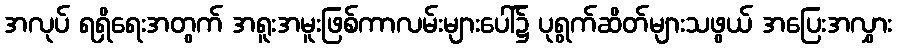
အလုပ် ရရှိရေးအတွက် အရူးအမူးဖြစ်ကာလမ်းများပေါ်၌ ပုရွက်ဆိတ်များသဖွယ် အပြေးအလွှား